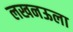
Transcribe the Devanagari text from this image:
लखनऊला